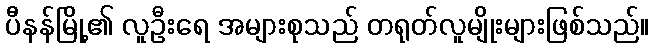
ပီနန်မြို့၏ လူဦးရေ အများစုသည် တရုတ်လူမျိုးများဖြစ်သည်။